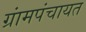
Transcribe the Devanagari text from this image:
ग्रांमपंचायत